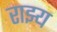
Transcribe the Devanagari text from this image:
राझ्य